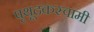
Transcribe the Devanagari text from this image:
पृथूदकस्वामी